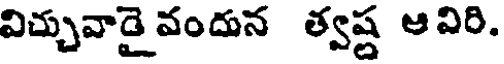
విచ్చువాడై వందున త్వష్ణ ఆవిరి.